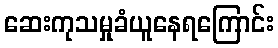
ဆေးကုသမှုခံယူနေရကြောင်း